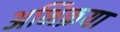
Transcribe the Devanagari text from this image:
अभिक्रया